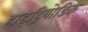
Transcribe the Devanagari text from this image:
हाइड्रियोडिक